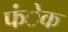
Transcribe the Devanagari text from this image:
फंेक